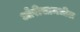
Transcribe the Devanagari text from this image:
ओरीसामधील